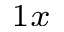
_ { 1 x }